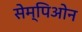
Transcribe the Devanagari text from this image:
सेम्पिओन